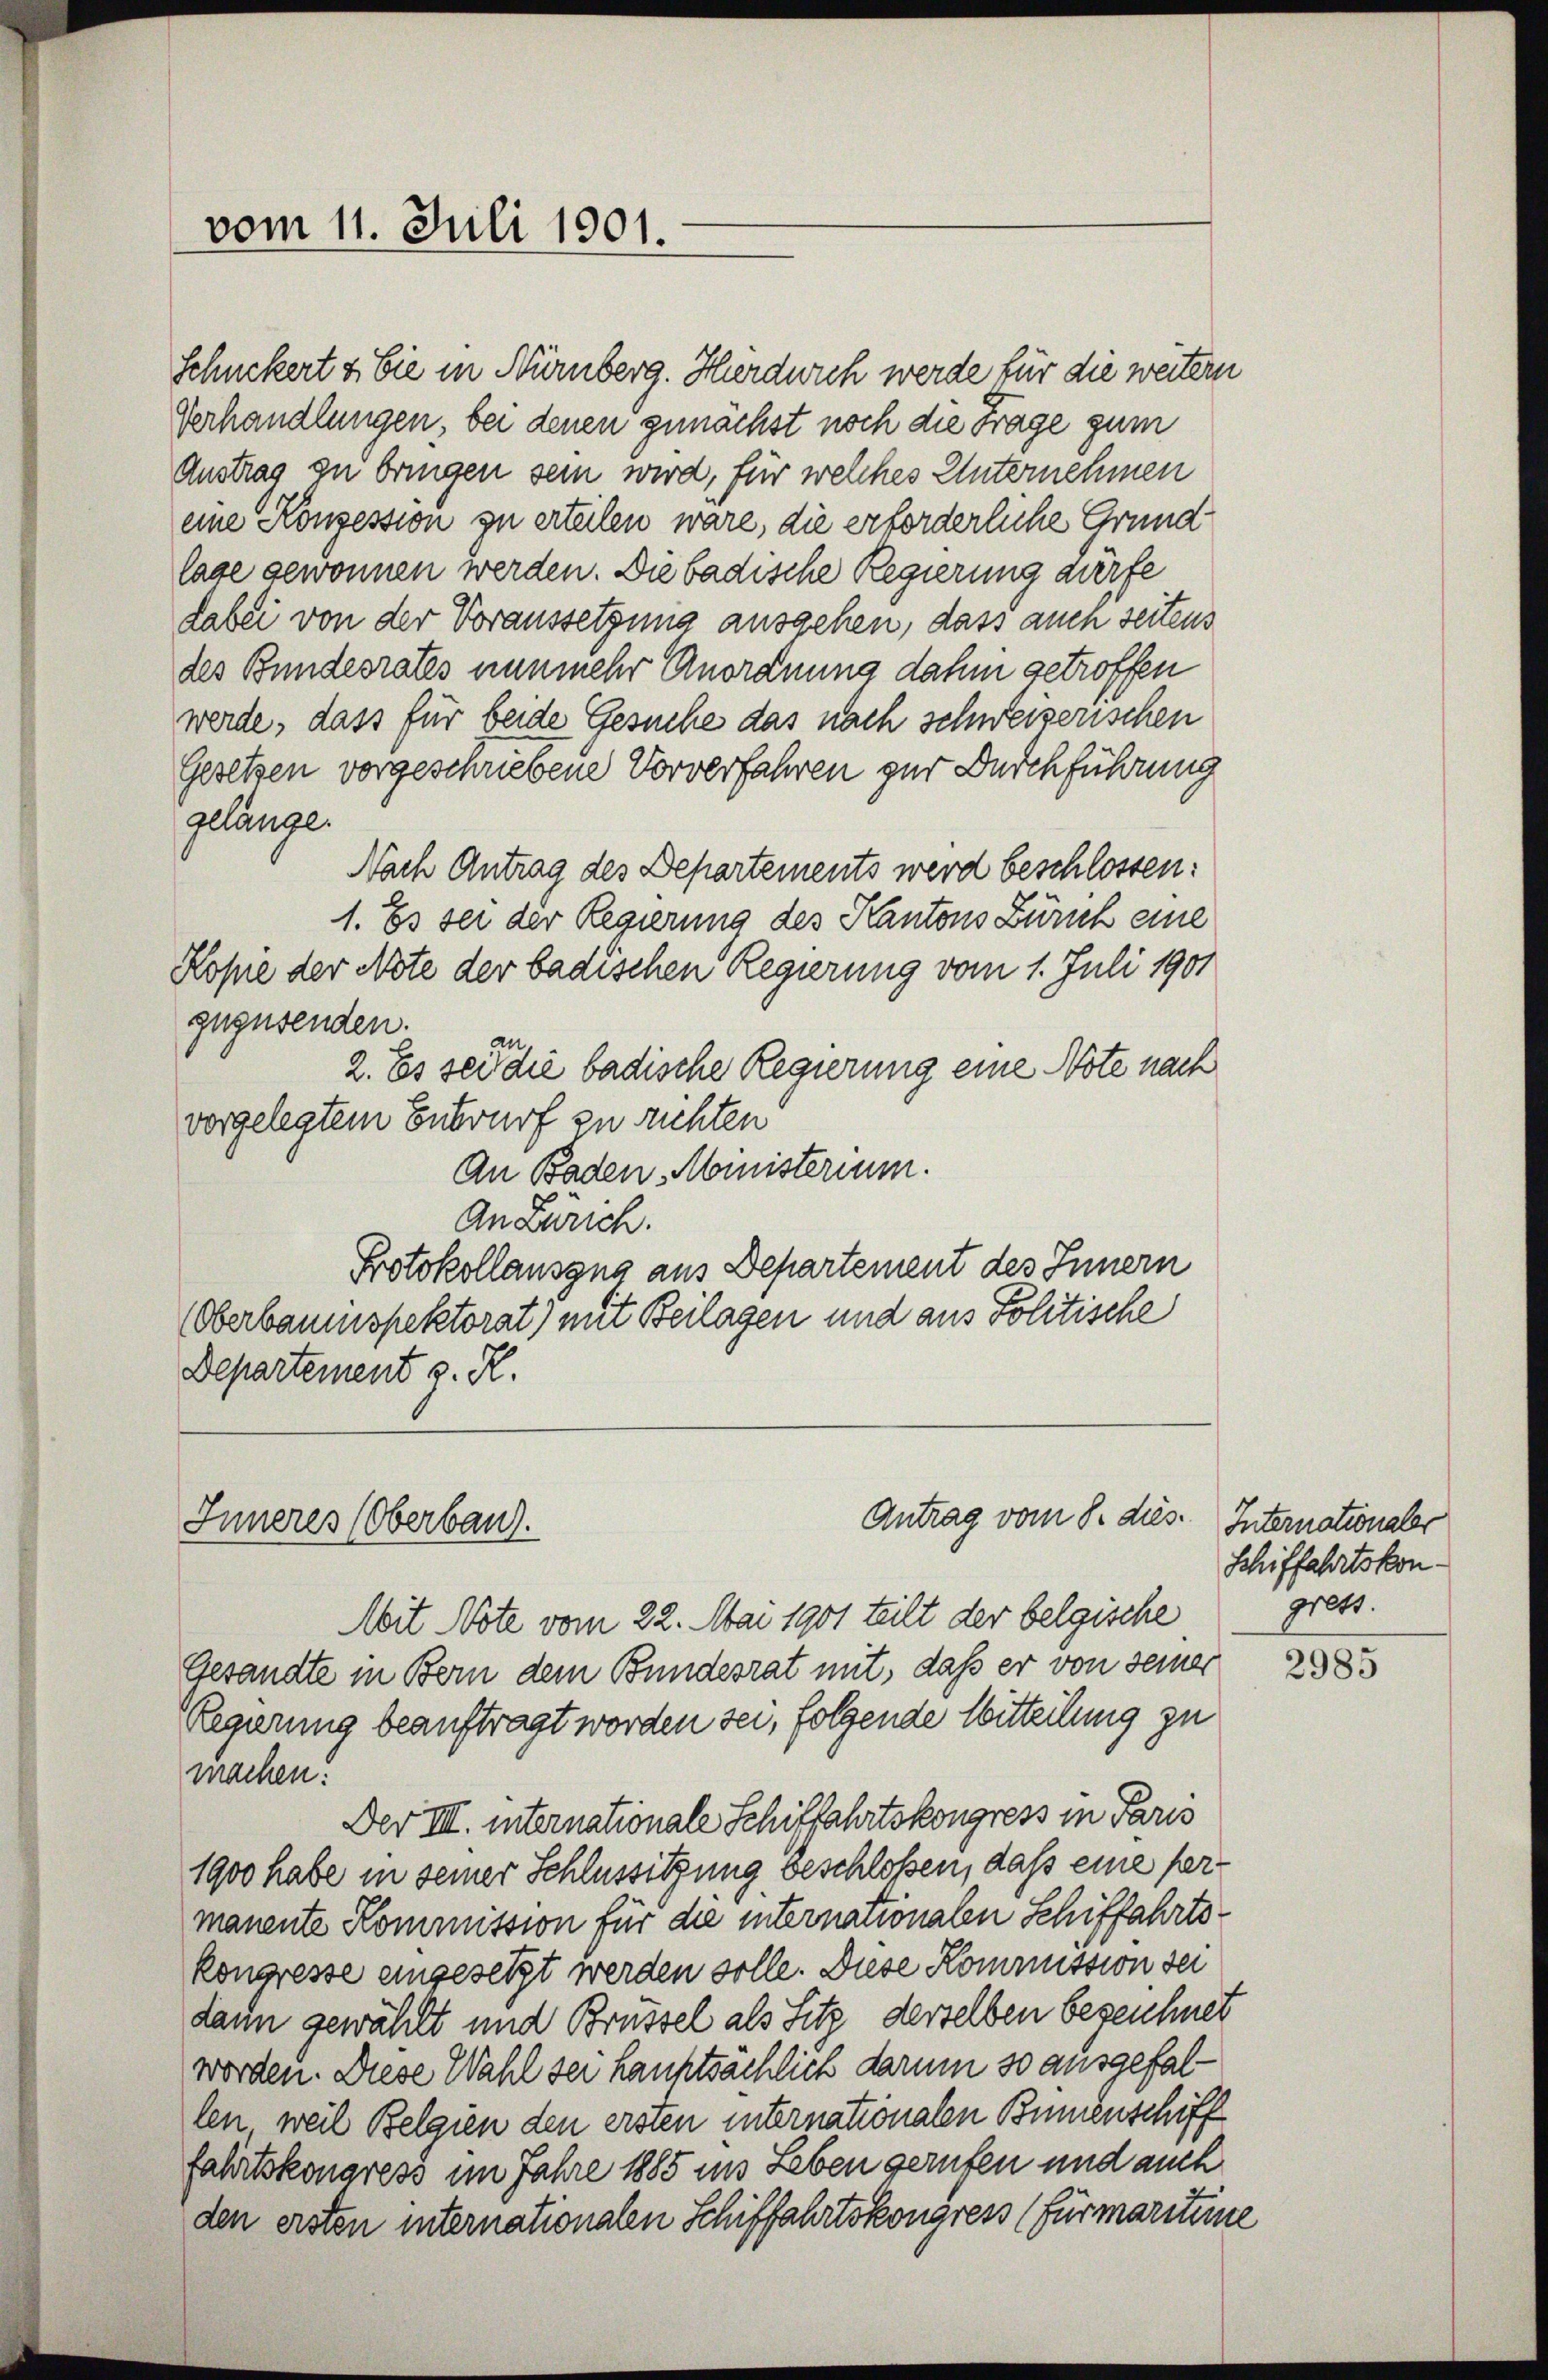
vom 11. Juli 1901.

Schuckert s. Sie in Nürnberg. Herdurch werde für die weitern
Verhandlungen, bei denen zunächst noch die Frage zum
Austrag zu bringen sein wird, für welches Unternehmen
eine Konzession zu erteilen wäre, die erforderliche Grund
lage gewonnen werden. Die badische Regierung dürfe
dabei von der Voraussetzung ausgehen, dass auch seitens
des Bundesrates nunmehr Anordnung dahin getroffen
werde, dass für beide Gesuche das nach schweizerischen
Gesetzen vorgeschriebene Vorverfahren zur Durchführung
gelange.
Nach Antrag des Departements werd beschlossen:
1. Es sei der Regierung des Kantons Zürich eine
Kopie der Note der badischen Regierung vom 1. Juli 1901
gegusenden. an
2. Es sei die badische Regierung eine Note nach
vorgelegtem Entwurf zu richten
An Baden Ministerium.
An Zürich.
Protokollausgna aus Departement des Innern
(Oberbaumspektorat) mit Beilagen und aus Politische
Departement v. H.

Inneres (Oberbaug.

Antrag vom 8. dies. Internationaler

Mit Note vom 22. Mai 1901 teilt der belgische
Gesandte in Bern dem Bundesrat mit, daß er von seiner
Regierung beauftragt worden sei, folgende Mitteilung zu
machen:
Der VIII. internationale Schiffahrtskongress in Paris
1900 habe in seiner Schlussitzung beschloßen, daß eine fermanente Kommission für die internationalen Schiffahrtskongresse eingesetzt werden solle. Diese Kommission der
dann gewählt und Brüssel als Sitz derselben bezeichnet
worden. Diese Wahl sei hauptsächlich darum so ausgefallen, weil Belgien den ersten internationalen Bundenschiff
fahrtskongress im Jahre 1885 im Leben gerufen und auch
den ersten internationalen Schiffahrtskongress (für maritime

Schiffahrtskongrett.

2985